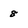
Character: 8